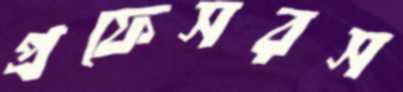
প্রফেসরস